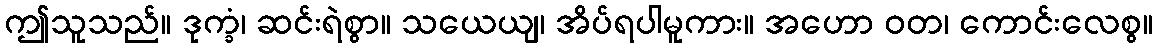
ဤသူသည်။ ဒုက္ခံ၊ ဆင်းရဲစွာ။ သယေယျ၊ အိပ်ရပါမူကား။ အဟော ဝတ၊ ကောင်းလေစွ။